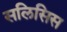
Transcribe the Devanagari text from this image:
सलिसिस